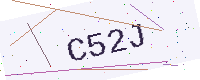
Text: C52J